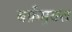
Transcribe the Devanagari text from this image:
बर्फ़मुक्त